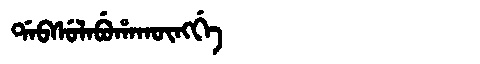
Manchu: ᡩᠠᠪᠰᡠᠯᠠᠪᡠᡥᠠᡴᡡᠩᡤᡝ
Romanization: DABSULABUHAKŪNGGE